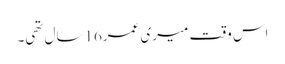
اس وقت میری عمر16سال تھی۔